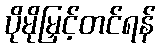
ပိုမိုမြှင့်တင်ရန်